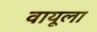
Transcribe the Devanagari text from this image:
वायूला